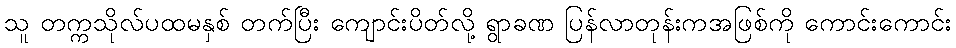
သူ တက္ကသိုလ်ပထမနှစ် တက်ပြီး ကျောင်းပိတ်လို့ ရွာခဏ ပြန်လာတုန်းကအဖြစ်ကို ကောင်းကောင်း